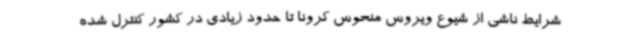
شرایط ناشی از شیوع ویروس منحوس کرونا تا حدود زیادی در کشور کنترل شده